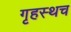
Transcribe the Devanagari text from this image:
गृहस्थच